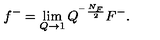
f ^ { - } = \lim _ { Q \rightarrow 1 } Q ^ { ^ { - } \frac { N _ { F } } 2 } F ^ { - } .